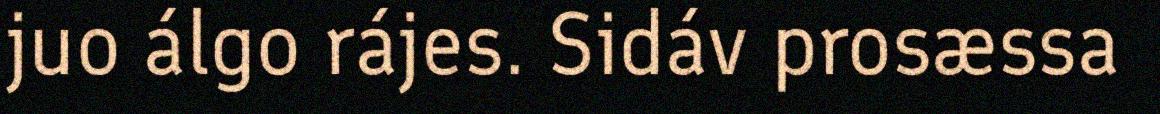
juo álgo rájes. Sidáv prosæssa